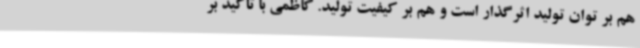
هم بر توان تولید اثرگذار است و هم بر کیفیت تولید. کاظمی با تأکید بر